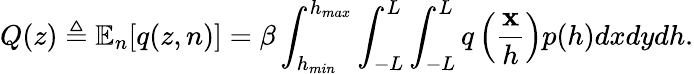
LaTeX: Q(z)\triangleq\mathbb{E}_{n}[q(z,n)]=\beta\int_{h_{min}}^{h_{max}}\int_{-L}^{L}\int_{-L}^{L}q\left(\frac{\mathbf{x}}{h}\right)p(h)dxdydh.